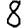
Digit: 8